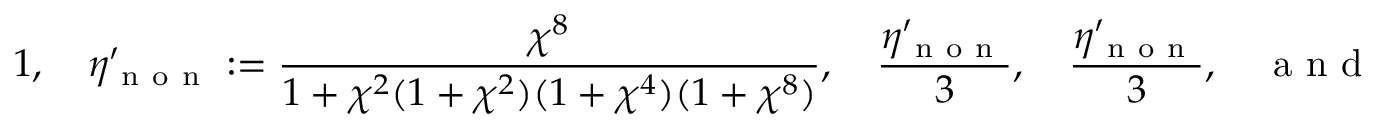
1 , \quad \eta _ { \mathrm { ~ n ~ o ~ n ~ } } ^ { \prime } : = \frac { \chi ^ { 8 } } { 1 + \chi ^ { 2 } ( 1 + \chi ^ { 2 } ) ( 1 + \chi ^ { 4 } ) ( 1 + \chi ^ { 8 } ) } , \quad \frac { \eta _ { \mathrm { ~ n ~ o ~ n ~ } } ^ { \prime } } { 3 } , \quad \frac { \eta _ { \mathrm { ~ n ~ o ~ n ~ } } ^ { \prime } } { 3 } , \quad \mathrm { ~ a ~ n ~ d ~ } \quad \frac { \eta _ { \mathrm { ~ n ~ o ~ n ~ } } ^ { \prime } } { 9 } .